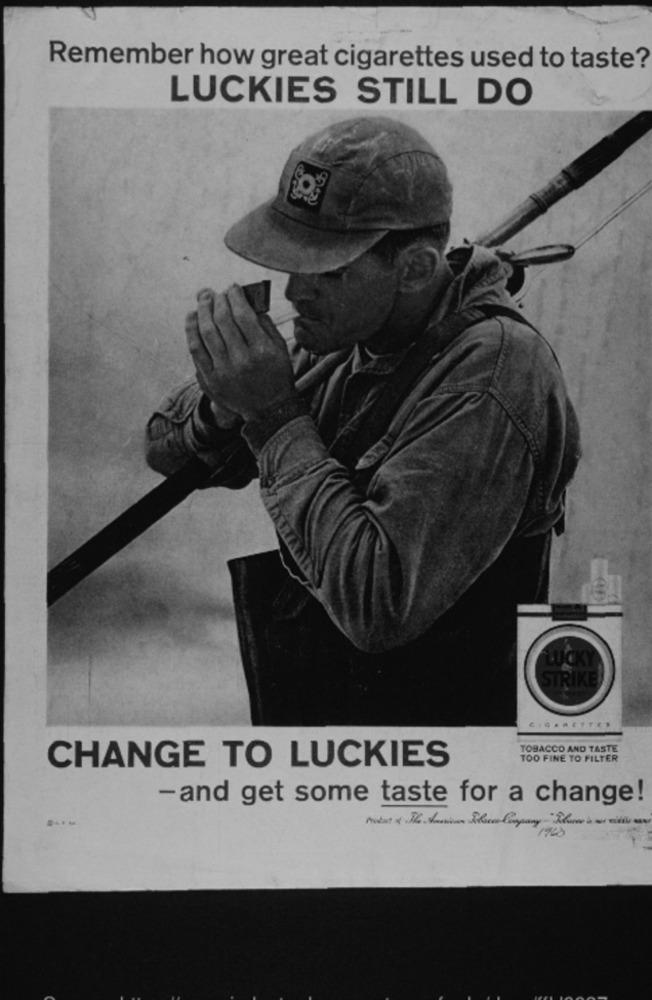
Remember how great cigarettes used to taste?
LUCKIES STILL DO
9242
STRIKE
TOBACCO AND TASTE
TOO FINE TO FILTER
CHANGE TO LUCKIES
-and get some taste for a change!